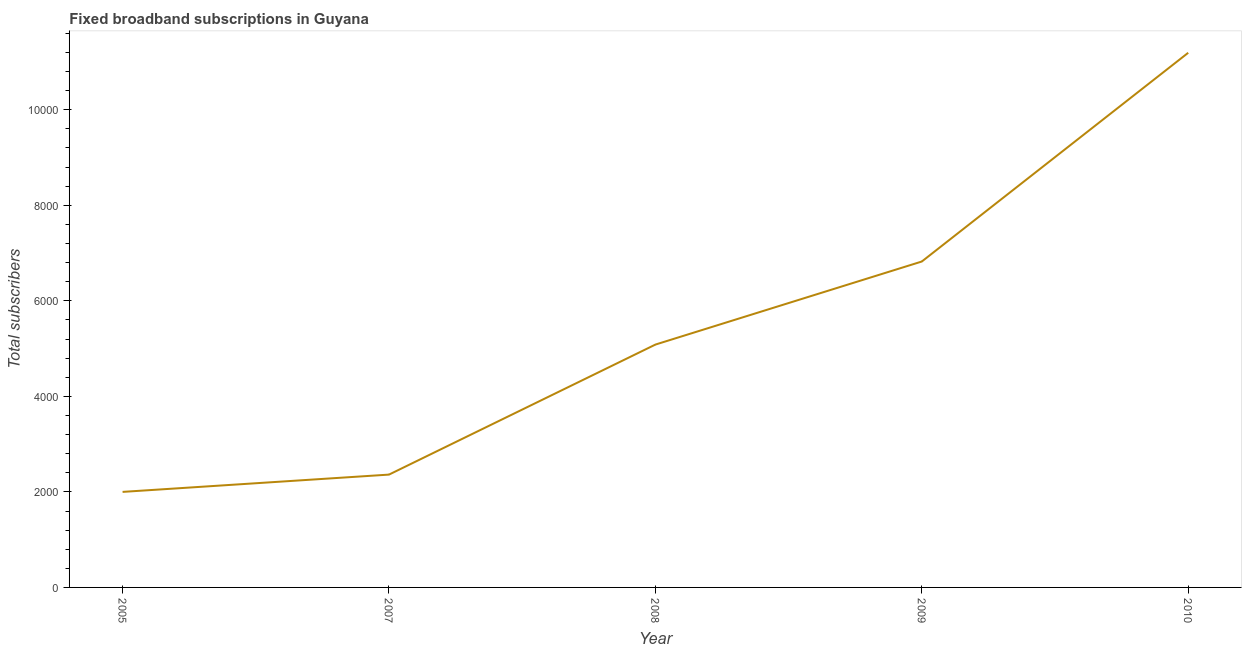
| Year | Fixed broadband subscriptions |
 | --- | --- |
 | 2005 | 2e+03 |
 | 2007 | 2.36e+03 |
 | 2008 | 5.08e+03 |
 | 2009 | 6.82e+03 |
 | 2010 | 1.12e+04 |